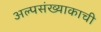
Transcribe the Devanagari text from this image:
अल्पसंख्याकाची